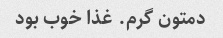
دمتون گرم. غذا خوب بود